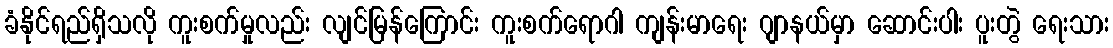
ခံနိုင်ရည်ရှိသလို ကူးစက်မှုလည်း လျင်မြန်ကြောင်း ကူးစက်ရောဂါ ကျန်းမာရေး ဂျာနယ်မှာ ဆောင်းပါး ပူးတွဲ ရေးသား